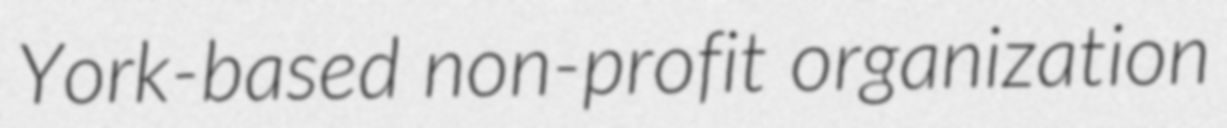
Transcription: York-based non-profit organization